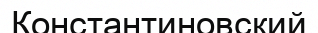
Константиновский